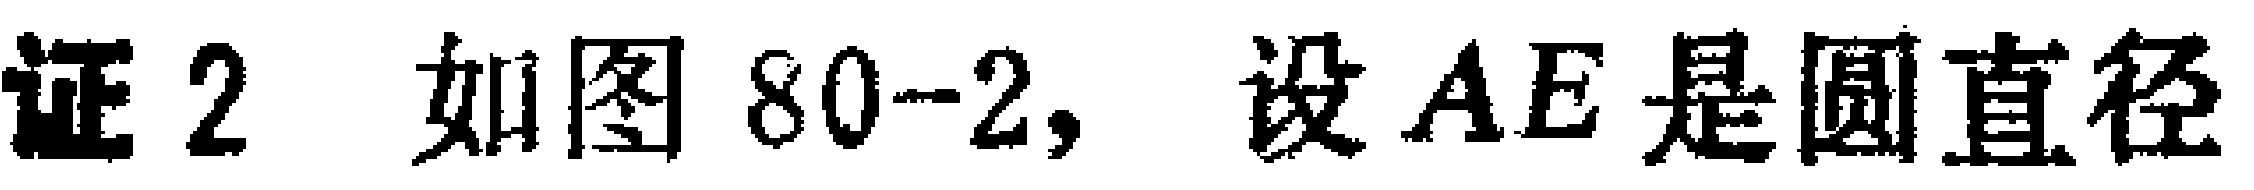
证2 如图80-2, 设 \(AE\) 是圆直径